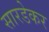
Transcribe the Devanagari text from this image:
सारडेकर